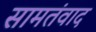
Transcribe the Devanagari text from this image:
सामतंवाद